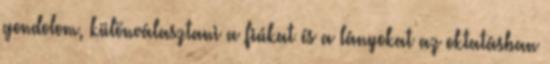
gondolom, különválasztani a fiúkat és a lányokat az oktatásban